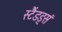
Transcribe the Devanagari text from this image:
स्टैंडड्सं